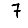
Digit: 7